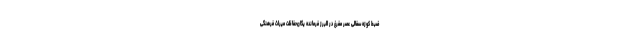
ضبط کوزه سفالی عصر مفرغ در البرز فرمانده یگان‌حفاظت میراث ‌فرهنگی